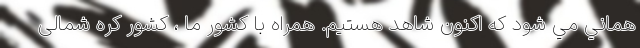
هماني مي شود كه اكنون شاهد هستيم. همراه با كشور ما ، كشور کره شمالی